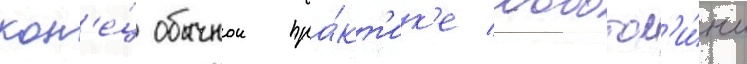
кон'е́ц обычнои пра́кт'ик'е лоботом'и́и